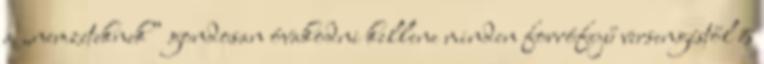
a „nemzeteknek” gondosan óvakodni kellene minden forrófejű versengéstől és